Annual vaccination report of Bihar and Orissa - 1911-1928
Year: 1911
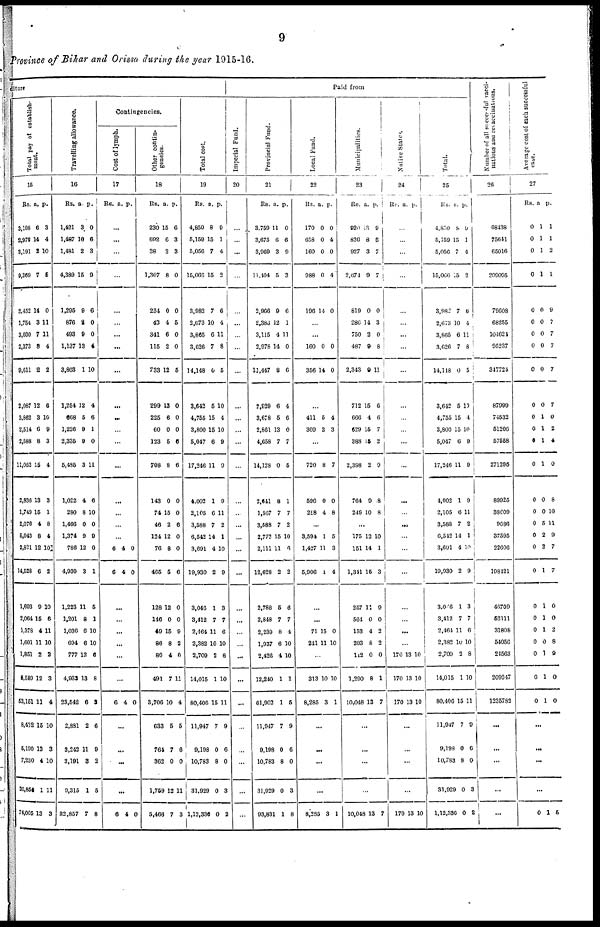
9
Province of Bihar and Orissa during the year 1915-16.
diture
Total pay of establish-
ment.
15
Rs
3,198
2,979
3,191
9,369
2,452
1,754
3,030
2,373
9,611
2,087
3,862
2,514
2,588
11,052
2,836
1,749
2,076
5,043
2,821
14,528
1,693
2,064
1,378
1,601
1,851
8,580
53,151
8,432
5,190
7,230
20,854
74,005
a.
6
14
2
7
14
3
7
8
2
12
3
6
8
15
13
15
4
8
12
6
9
15
4
11
2
12
11
15
13
4
1
13
p.
3
4
10
5
0
11
11
4
2
6
10
9
3
4
3
1
8
4
10
2
10
6
11
10
2
3
4
10
3
10
11
3
Travelling allowance.
16
Rs.
1,421
1,487
1,481
4,389
1,295
876
493
1,137
3,803
1,254
668
1,226
2,335
5,485
1,022
280
1,466
1,374
786
4,930
1,223
1,201
1,036
694
777
4,933
23,542
2,881
3,242
3,191
9,315
82,857
a.
3
10
2
15
9
2
9
13
1
12
5
9
9
3
4
8
0
9
12
3
11
8
6
6
12
13
6
2
11
3
1
7
p.
0
6
3
9
6
0
0
4
10
4
6
1
0
11
6
10
0
9
0
1
5
1
10
10
6
8
3
6
9
2
6
8
Contingencies.
Cost of lymph.
17
Rs. a. p.
...
...
...
...
...
...
...
...
...
...
...
...
...
...
...
...
...
...
6
6
4
4
0
0
...
...
...
...
...
...
6 4 0
...
...
...
...
6 4 0
Other contin-
gencies.
18
Rs.
230
692
38
1,307
234
43
341
115
733
299
225
60
123
708
143
74
46
124
76
465
128
146
49
86
80
491
3,706
633
764
362
1,759
5,466
a.
15
6
2
8
0
4
6
2
12
13
6
0
5
8
0
15
2
12
8
5
12
0
15
8
4
7
10
5
7
0
12
7
p.
6
3
3
0
0
5
0
0
5
0
0
0
6
6
0
0
6
0
0
6
0
0
9
2
0
11
4
5
6
0
11
3
Total cost.
19
Rs.
4,850
5,159
5,056
15,066
3,983
2,673
3,865
3,626
14,148
3,642
4,755
3,800
5,047
17,246
4,002
2,105
3,588
6,542
3,691
19,930
3,046
3,412
2,464
2,382
2,709
14,015
80,406
11,947
9,198
10,783
31,929
1,12,336
a.
8
15
7
15
7
10
6
7
0
5
15
15
6
11
1
6
7
14
4
2
1
7
11
10
2
1
15
7
0
8
0
0
p.
9
1
4
2
6
4
11
8
5
10
4
10
9
0
9
11
2
1
10
9
3
7
6
10
8
10
11
9
6
0
3
2
Paid from
Imperial Fund.
20
...
...
...
...
...
...
...
...
...
...
...
...
...
...
...
...
...
...
...
...
...
...
...
...
...
...
...
...
...
...
...
...
Provincial Fund.
21
Rs.
3,750
3,675
3,969
11,404
2,966
2,386
3,115
2,978
14,447
2,929
3,678
2,861
4,658
14,128
2,641
1,567
3,588
2,772
2,111
12,628
2,788
2,848
2,239
1,937
2,426
12,240
61,902
11,947
9,198
10,783
31,929
93,831
a.
11
6
3
5
9
12
4
14
8
6
5
13
7
0
8
7
7
15
11
2
5
7
8
6
4
1
1
7
0
8
0
1
p.
0
6
9
3
6
1
11
0
6
4
6
0
7
5
1
7
2
10
6
2
6
7
4
10
10
1
5
9
6
0
3
8
Local Fund.
22
Rs.
170
658
160
988
196
a.
0
0
0
0
14
p.
0
4
0
4
0
...
...
160
356
0
14
0
0
...
411
309
5
3
4
3
...
720
596
298
8
0
4
7
0
8
...
3,594
1,427
5,906
1
11
1
5
3
4
...
...
71
241
15
11
0
10
...
313
8,285
10
3
10
1
...
...
...
...
8,285 3 1
Municipalities.
23
Rs.
920
820
927
2,674
819
286
750
487
2,343
712
666
629
388
2,398
764
249
a.
13
8
3
9
0
14
2
9
9
16
4
15
15
2
9
10
p.
9
3
7
7
0
3
0
8
11
6
6
7
2
9
8
8
...
175
151
1,341
257
564
153
203
112
1,290
10,048
12
14
15
11
0
4
8
0
8
13
10
1
3
9
0
2
2
0
1
7
...
...
...
...
10,048 13 7
Native State.
24
Rs. a. p.
...
...
...
...
...
...
...
...
...
...
...
...
...
...
...
...
...
...
...
...
...
...
...
...
170
170
170
13
13
13
10
10
10
...
...
...
...
170 13 10
Total.
25
Rs.
4,850
5,159
5,056
15,066
3,982
2,673
3,865
3,626
14,148
3,642
4,755
3,800
5,047
17,246
4,002
2,105
3,588
6,542
3,691
19,930
3,006
3,412
2,464
2,382
2,709
14,015
80,406
11,947
9,198
10,788
31,929
1,12,336
a.
8
15
7
15
7
10
6
7
0
5
15
15
6
11
1
6
7
14
4
2
1
7
11
10
2
1
15
7
0
8
0
0
p.
9
1
4
2
6
4
11
8
5
19
4
10
9
9
9
11
2
1
10
9
3
7
6
10
8
10
11
9
6
0
3
2
Number of all successful vacci-
nations and revaccination.
26
68438
75641
65016
209095
70608
68255
104624
95237
347724
87999
74532
51206
57558
271295
89925
38609
9086
37595
22606
198421
46709
52111
31808
54056
24563
209247
1235782
...
...
...
...
...
Average cost of each successful
case.
27
Rs.
0
0
0
0
0
0
0
0
0
0
0
0
0
0
0
0
0
0
0
0
0
0
0
0
0
0
0
a
1
1
1
1
0
0
0
0
0
0
1
1
1
1
0
0
5
2
2
1
1
1
1
0
1
1
1
p.
1
1
2
1
9
7
7
7
7
7
0
2
4
0
8
10
11
9
7
7
0
0
2
8
9
0
0
...
...
...
...
0 1 5